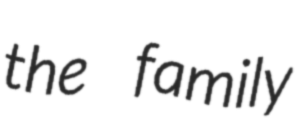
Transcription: the family